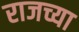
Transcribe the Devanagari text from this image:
राजच्या